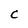
Character: C